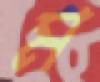
ম